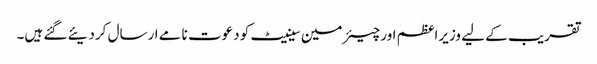
تقریب کے لیے وزیراعظم اور چیئرمین سینیٹ کو دعوت نامے ارسال کردیئے گئے ہیں۔